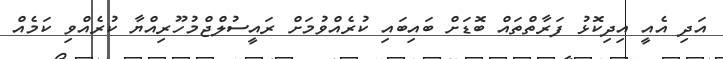
އަދި އެއީ އިދިކޮޅު ފަރާތްތައް ބޮޑަށް ބައިބައި ކުރެއްވުމަށް ރައީސުލްޖްމުހޫރިއްޔާ ކުރެއްވި ކަމެއް